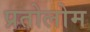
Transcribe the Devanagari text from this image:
प्रतोलोम